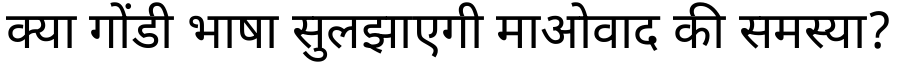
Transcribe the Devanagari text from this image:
क्या गोंडी भाषा सुलझाएगी माओवाद की समस्या?